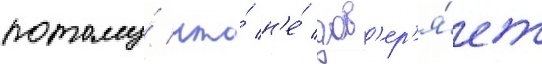
потому́ что́ н'е́ дов'ер'я́ет